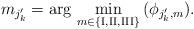
LaTeX: \begin{align*}m_{j'_{k}}=\arg\,\min_{m\in\left\{ {\rm I},{\rm II},{\rm III}\right\} }\,(\phi_{j'_{k},m}).\end{align*}